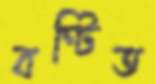
বণ্টিত